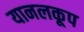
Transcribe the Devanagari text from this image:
यानलकूप